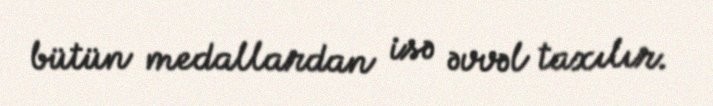
bütün medallardan isə əvvəl taxılır.